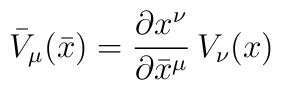
{\bar{V}}_{\mu }(\bar{x})=\frac{\partial x^{\nu }}{\partial {\bar{x}}^{\mu }}\, V_{\nu }(x)